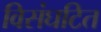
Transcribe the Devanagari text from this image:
विसंघटित